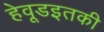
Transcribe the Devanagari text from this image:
हेवूडइतकी